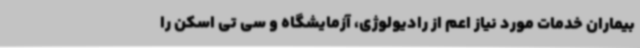
بیماران خدمات مورد نیاز اعم از رادیولوژی، آزمایشگاه و سی تی اسکن را